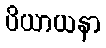
ပိယာယနာ